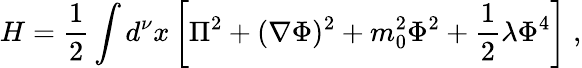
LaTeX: H=\frac{1}{2}\int d^{\nu}x\left[\Pi^{2}+(\nabla\Phi)^{2}+m_{0}^{2}\Phi^{2}+\frac{1}{2}\lambda\Phi^{4}\right]\; ,